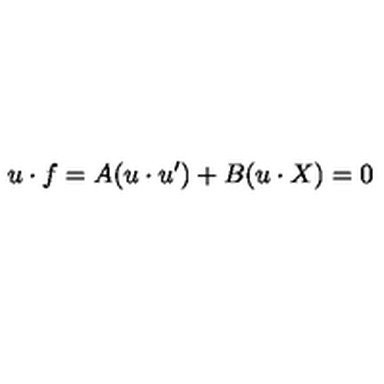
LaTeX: u \cdot f = A ( u \cdot u ^ { \prime } ) + B ( u \cdot X ) = 0